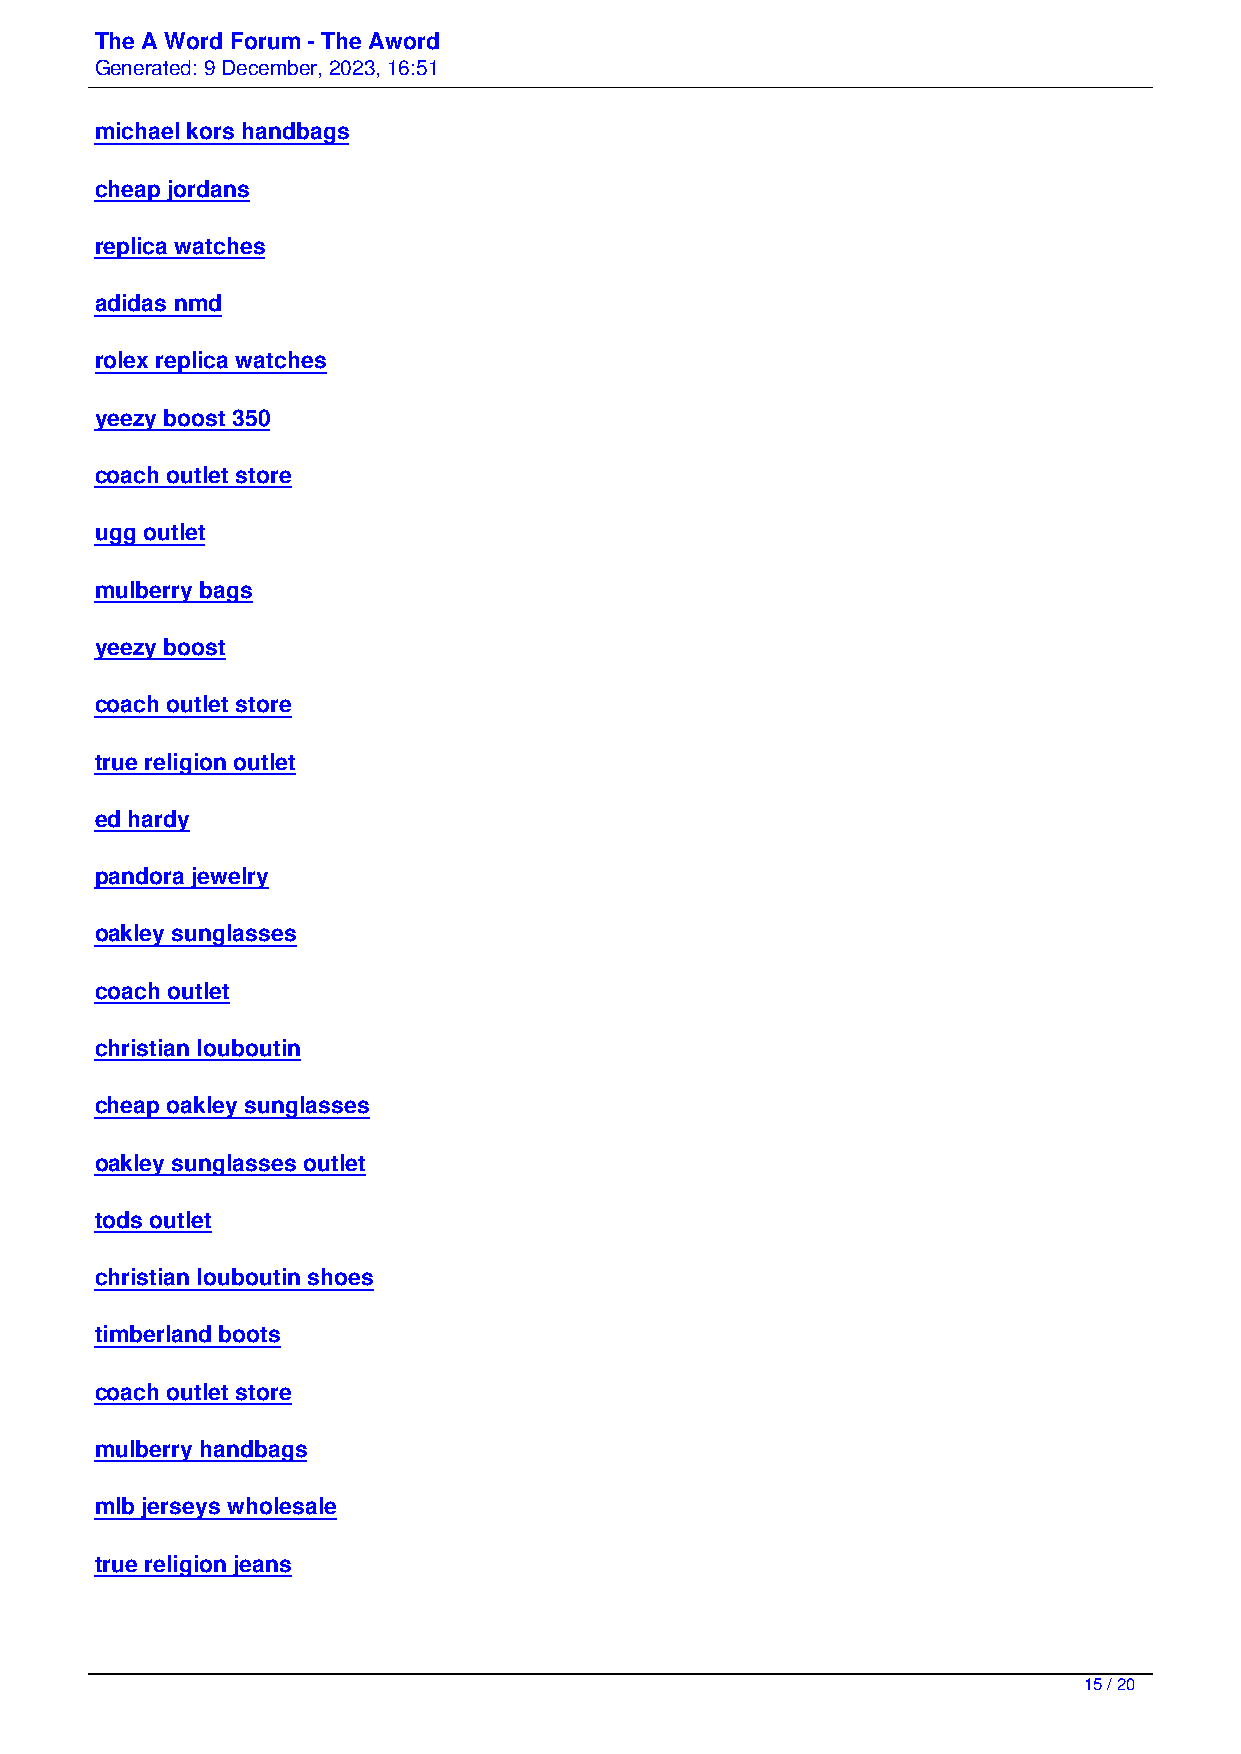
The A Word Forum - The Aword
 Generated: 9 December, 2023, 16:51
 michael kors handbags
 cheap jordans
 replica watches
 adidas nmd
 rolex replica watches
 yeezy boost 350
 coach outlet store
 ugg outlet
 mulberry bags
 yeezy boost
 coach outlet store
 true religion outlet
 ed hardy
 pandora jewelry
 oakley sunglasses
 coach outlet
 christian louboutin
 cheap oakley sunglasses
 oakley sunglasses outlet
 tods outlet
 christian louboutin shoes
 timberland boots
 coach outlet store
 mulberry handbags
 mlb jerseys wholesale
 true religion jeans
 15 / 20